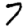
Digit: 7